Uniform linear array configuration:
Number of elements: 8
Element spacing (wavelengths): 0.75
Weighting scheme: cosine
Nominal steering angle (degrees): -45
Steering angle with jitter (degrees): -43.208
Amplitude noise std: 0.05
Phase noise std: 0.05

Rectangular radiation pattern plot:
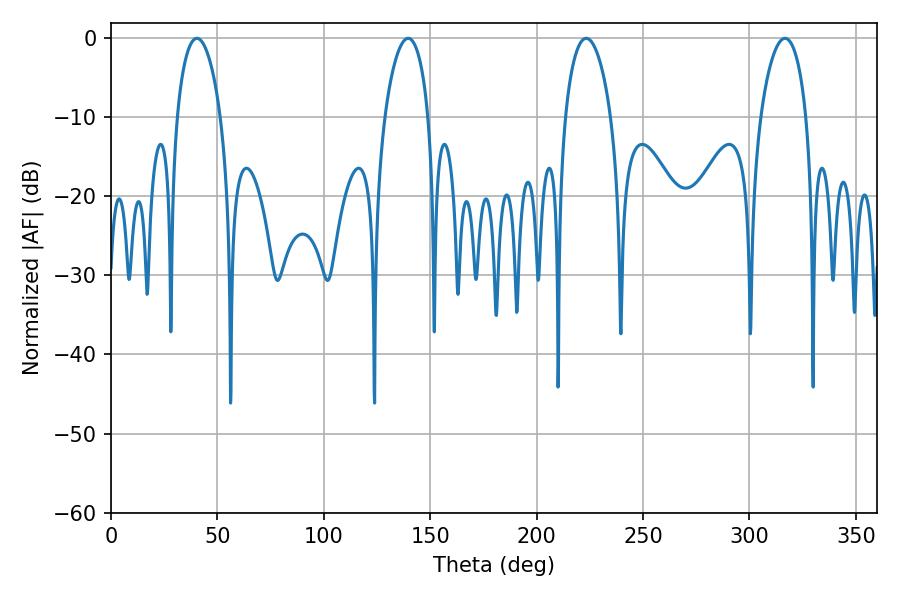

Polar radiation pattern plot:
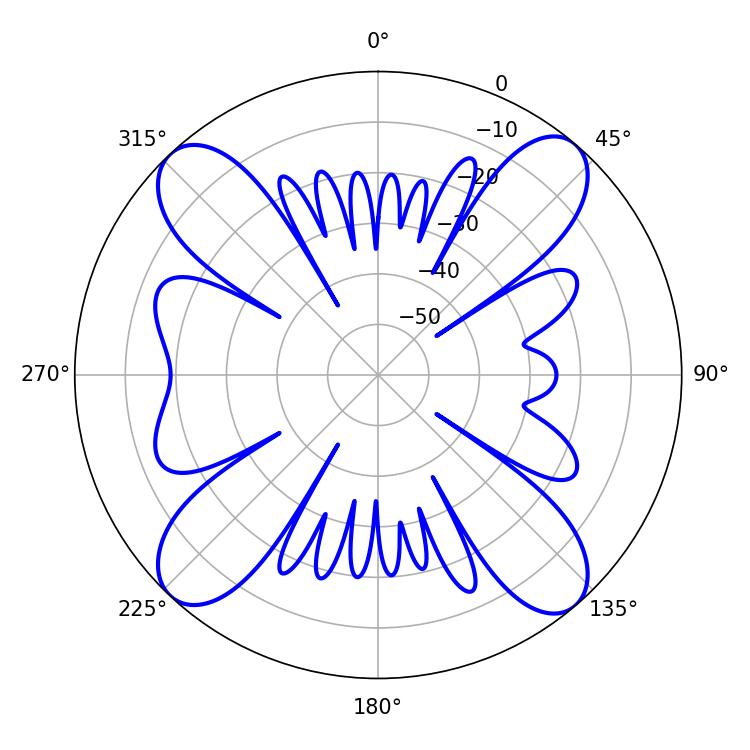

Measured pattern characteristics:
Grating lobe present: TRUE
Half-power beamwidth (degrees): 11.7
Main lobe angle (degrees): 40.32